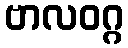
ဗာလဝဂ္ဂ